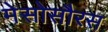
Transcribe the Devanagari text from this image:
मेसोसौरस